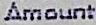
AMOUNT